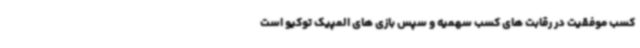
کسب موفقیت در رقابت های کسب سهمیه و سپس بازی های المپیک توکیو است